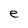
Character: e